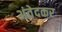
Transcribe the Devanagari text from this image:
अंवेदकर